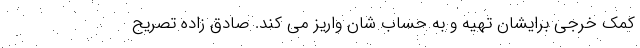
کمک ‌خرجی برایشان تهیه و به حساب شان واریز می کند. صادق زاده تصریح